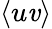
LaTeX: \left<u\mathit{v}\right>